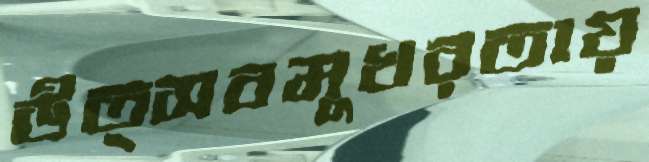
উত্সবমুখরতায়